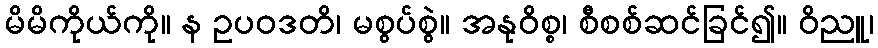
မိမိကိုယ်ကို။ န ဥပဝဒတိ၊ မစွပ်စွဲ။ အနုဝိစ္စ၊ စီစစ်ဆင်ခြင်၍။ ဝိညူ၊